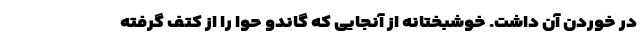
در خوردن آن داشت. خوشبختانه از آنجایی که گاندو حوا را از کتف گرفته